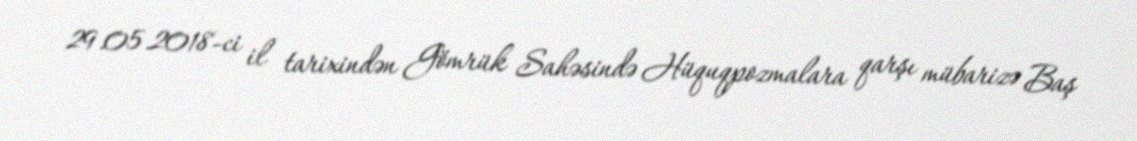
29.05.2018-ci il tarixindən Gömrük Sahəsində Hüquqpozmalara qarşı mübarizə Baş